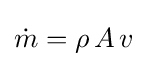
{\dot {m}}=\rho \,A\,v